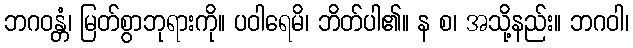
ဘဂဝန္တံ၊ မြတ်စွာဘုရားကို။ ပဝါရေမိ၊ ဘိတ်ပါ၏။ န စ၊ အသို့နည်း။ ဘဂဝါ၊